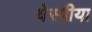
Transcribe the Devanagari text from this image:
थेस्पीया